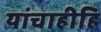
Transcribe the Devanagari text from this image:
यांचाहीहि